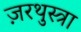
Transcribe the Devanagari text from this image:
ज़रथुस्त्रा